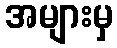
အများမှ